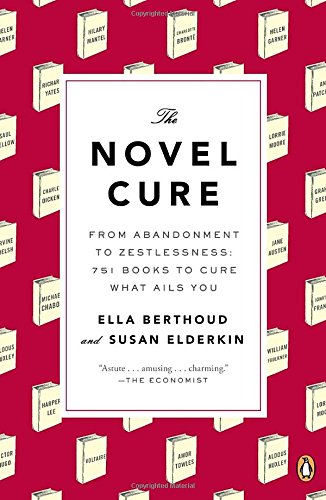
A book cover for The Novel Cure: From Abandonment to Zestlessness: 751 Books to Cure What Ails You; Ella Berthoud; Literature & Fiction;